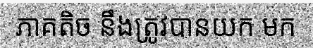
ភាគតិច នឹងត្រូវបានយក មក